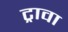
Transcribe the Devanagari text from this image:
ट्रावा